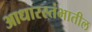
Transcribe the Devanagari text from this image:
आधारस्तंभातील